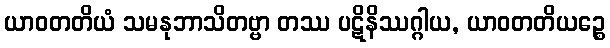
ယာဝတတိယံ သမနုဘာသိတဗ္ဗာ တဿ ပဋိနိဿဂ္ဂါယ, ယာဝတတိယဉ္စေ